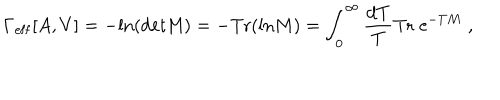
LaTeX: \Gamma _ { \mathrm { e f f } } [ A , V ] = - \mathrm { l n } ( \mathrm { d e t M } ) = - \mathrm { T r } ( \mathrm { l n } M ) = \int _ { 0 } ^ { \infty } { \frac { \mathrm { d } T } { T } } \mathrm { T r } \; \mathrm { e } ^ { - T M } \; ,